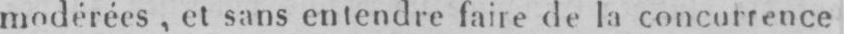
modérées, et sans entendre faire de la concurrence